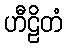
ဟီဠိတံ